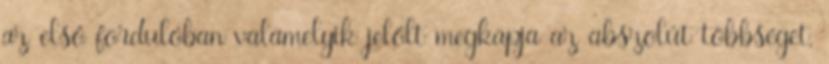
az első fordulóban valamelyik jelölt megkapja az abszolút többséget,